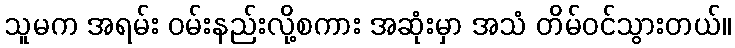
သူမက အရမ်း ဝမ်းနည်းလို့စကား အဆုံးမှာ အသံ တိမ်ဝင်သွားတယ်။